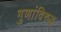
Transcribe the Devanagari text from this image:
गुणांविरुद्ध